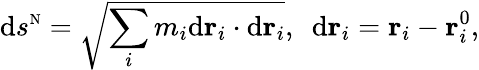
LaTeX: \textrm ds^{\textrm{\scriptsize N}}=\sqrt{\sum_{i}m_{i}\textrm d{\mathbf r}_{i}\cdot\textrm d{\mathbf r}_{i}},~~\textrm d{\mathbf r}_{i}={\mathbf r}_{i}-{\mathbf r}_{i}^{0},